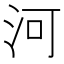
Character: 河